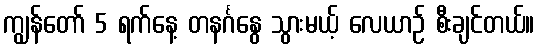
ကျွန်တော် 5 ရက်နေ့ တနင်္ဂနွေ သွားမယ့် လေယာဉ် စီးချင်တယ်။